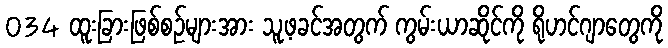
034 ထူးခြားဖြစ်စဉ်များအား သူ့ဖခင်အတွက် ကွမ်းယာဆိုင်ကို ရိုဟင်ဂျာတွေကို